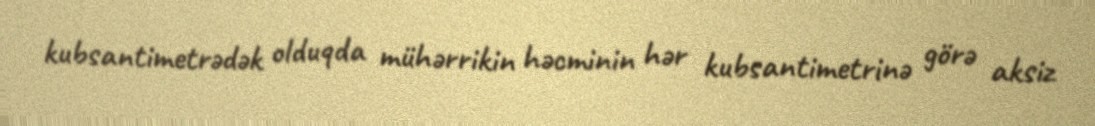
kubsantimetrədək olduqda mühərrikin həcminin hər kubsantimetrinə görə aksiz